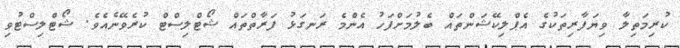
ކުރިމަތިލާ ވިޔަފާރިތަކުގެ އެޕްލިކޭޝަންތައް ބެލުމަށްފަހު އެންމެ ރަނގަޅު ފަރާތްތައް ޝޯޓްލިސްޓް ކުރެވޭނެއެވެ. ޝޯޓްލިސްޓުވި